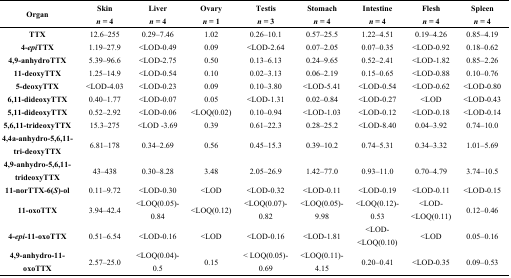
<table><thead><tr><td rowspan="2"><b>Organ</b></td><td><b>Skin</b></td><td><b>Liver</b></td><td><b>Ovary</b></td><td><b>Testis</b></td><td><b>Stomach</b></td><td><b>Intestine</b></td><td><b>Flesh</b></td><td><b>Spleen</b></td></tr><tr><td><b><i>n</i> = 4</b></td><td><b><i>n</i> = 4</b></td><td><b><i>n</i> = 1</b></td><td><b><i>n</i> = 3</b></td><td><b><i>n</i> = 4</b></td><td><b><i>n</i> = 4</b></td><td><b><i>n</i> = 4</b></td><td><b><i>n</i> = 4</b></td></tr></thead><tbody><tr><td><b>TTX</b></td><td>12.6–255</td><td>0.29–7.46</td><td>1.02</td><td>0.26–10.1</td><td>0.57–25.5</td><td>1.22–4.51</td><td>0.19–4.26</td><td>0.85–4.19</td></tr><tr><td><b>4-<i>epi</i>TTX</b></td><td>1.19–27.9</td><td>&lt;LOD-0.49</td><td>0.09</td><td>&lt;LOD-2.64</td><td>0.07–2.05</td><td>0.07–0.35</td><td>&lt;LOD-0.92</td><td>0.18–0.62</td></tr><tr><td><b>4,9-anhydroTTX</b></td><td>5.39–96.6</td><td>&lt;LOD-2.75</td><td>0.50</td><td>0.13–6.13</td><td>0.24–9.65</td><td>0.52–2.41</td><td>&lt;LOD-1.82</td><td>0.85–2.26</td></tr><tr><td><b>11-deoxyTTX</b></td><td>1.25–14.9</td><td>&lt;LOD-0.54</td><td>0.10</td><td>0.02–3.13</td><td>0.06–2.19</td><td>0.15–0.65</td><td>&lt;LOD-0.88</td><td>0.10–0.76</td></tr><tr><td><b>5-deoxyTTX</b></td><td>&lt;LOD-4.03</td><td>&lt;LOD-0.23</td><td>0.09</td><td>0.10–3.80</td><td>&lt;LOD-5.41</td><td>&lt;LOD-0.54</td><td>&lt;LOD-0.62</td><td>&lt;LOD-0.80</td></tr><tr><td><b>6,11-dideoxyTTX</b></td><td>0.40–1.77</td><td>&lt;LOD-0.07</td><td>0.05</td><td>&lt;LOD-1.31</td><td>0.02–0.84</td><td>&lt;LOD-0.27</td><td>&lt;LOD</td><td>&lt;LOD-0.43</td></tr><tr><td><b>5,11-dideoxyTTX</b></td><td>0.52–2.92</td><td>&lt;LOD-0.06</td><td>&lt;LOQ(0.02)</td><td>0.10–0.94</td><td>&lt;LOD-1.03</td><td>&lt;LOD-0.12</td><td>&lt;LOD-0.18</td><td>&lt;LOD-0.14</td></tr><tr><td><b>5,6,11-trideoxyTTX</b></td><td>15.3–275</td><td>&lt;LOD -3.69</td><td>0.39</td><td>0.61–22.3</td><td>0.28–25.2</td><td>&lt;LOD-8.40</td><td>0.04–3.92</td><td>0.74–10.0</td></tr><tr><td><b>4,4a-anhydro-5,6,11-tri-deoxyTTX</b></td><td>6.81–178</td><td>0.34–2.69</td><td>0.56</td><td>0.45–15.3</td><td>0.39–10.2</td><td>0.74–5.31</td><td>0.34–3.32</td><td>1.01–5.69</td></tr><tr><td><b>4,9-anhydro-5,6,11-trideoxyTTX</b></td><td>43–438</td><td>0.30–8.28</td><td>3.48</td><td>2.05–26.9</td><td>1.42–77.0</td><td>0.93–11.0</td><td>0.70–4.79</td><td>3.74–10.5</td></tr><tr><td><b>11-norTTX-6(<i>S</i>)-ol</b></td><td>0.11–9.72</td><td>&lt;LOD-0.30</td><td>&lt;LOD</td><td>&lt;LOD-0.32</td><td>&lt;LOD-0.11</td><td>&lt;LOD-0.19</td><td>&lt;LOD-0.11</td><td>&lt;LOD-0.15</td></tr><tr><td><b>11-oxoTTX</b></td><td>3.94–42.4</td><td>&lt;LOQ(0.05)-0.84</td><td>&lt;LOQ(0.12)</td><td>&lt;LOQ(0.07)-0.82</td><td>&lt;LOQ(0.05)-9.98</td><td>&lt;LOQ(0.12)-0.53</td><td>&lt;LOD-&lt;LOQ(0.11)</td><td>0.12–0.46</td></tr><tr><td><b>4-<i>epi-</i>11-oxoTTX</b></td><td>0.51–6.54</td><td>&lt;LOD-0.16</td><td>&lt;LOD</td><td>&lt;LOD-0.16</td><td>&lt;LOD-1.81</td><td>&lt;LOD-&lt;LOQ(0.10)</td><td>&lt;LOD</td><td>0.05–0.16</td></tr><tr><td><b>4,9-anhydro-11-oxoTTX</b></td><td>2.57–25.0</td><td>&lt;LOQ(0.04)-0.5</td><td>0.15</td><td>&lt; LOQ(0.05)-0.69</td><td>&lt;LOQ(0.11)-4.15</td><td>0.20–0.41</td><td>&lt;LOD-0.35</td><td>0.09–0.53</td></tr></tbody></table>